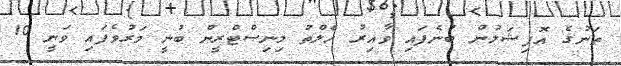
ތަނުގެ އޮފިޝަލުން ބުނެފައި ވާއިރު ހެލްތު މިނިސްޓްރީން ބުނީ މަރުވެފައި ވަނީ 10